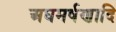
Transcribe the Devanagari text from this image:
अघमर्षणादि